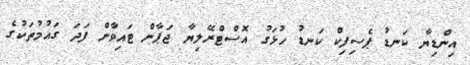
އިންޑިޔާ ކަނޑު ޕެސިފިކް ކަނޑު ހުޅަގު އޮސްޓްރޭލިޔާ ޖަޕާން ޓައިވާން ފަދަ ގައުމުތަކުގެ